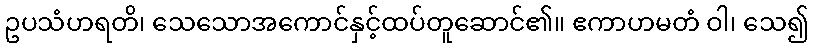
ဥပသံဟရတိ၊ သေသောအကောင်နှင့်ထပ်တူဆောင်၏။ ဧကာဟမတံ ဝါ၊ သေ၍